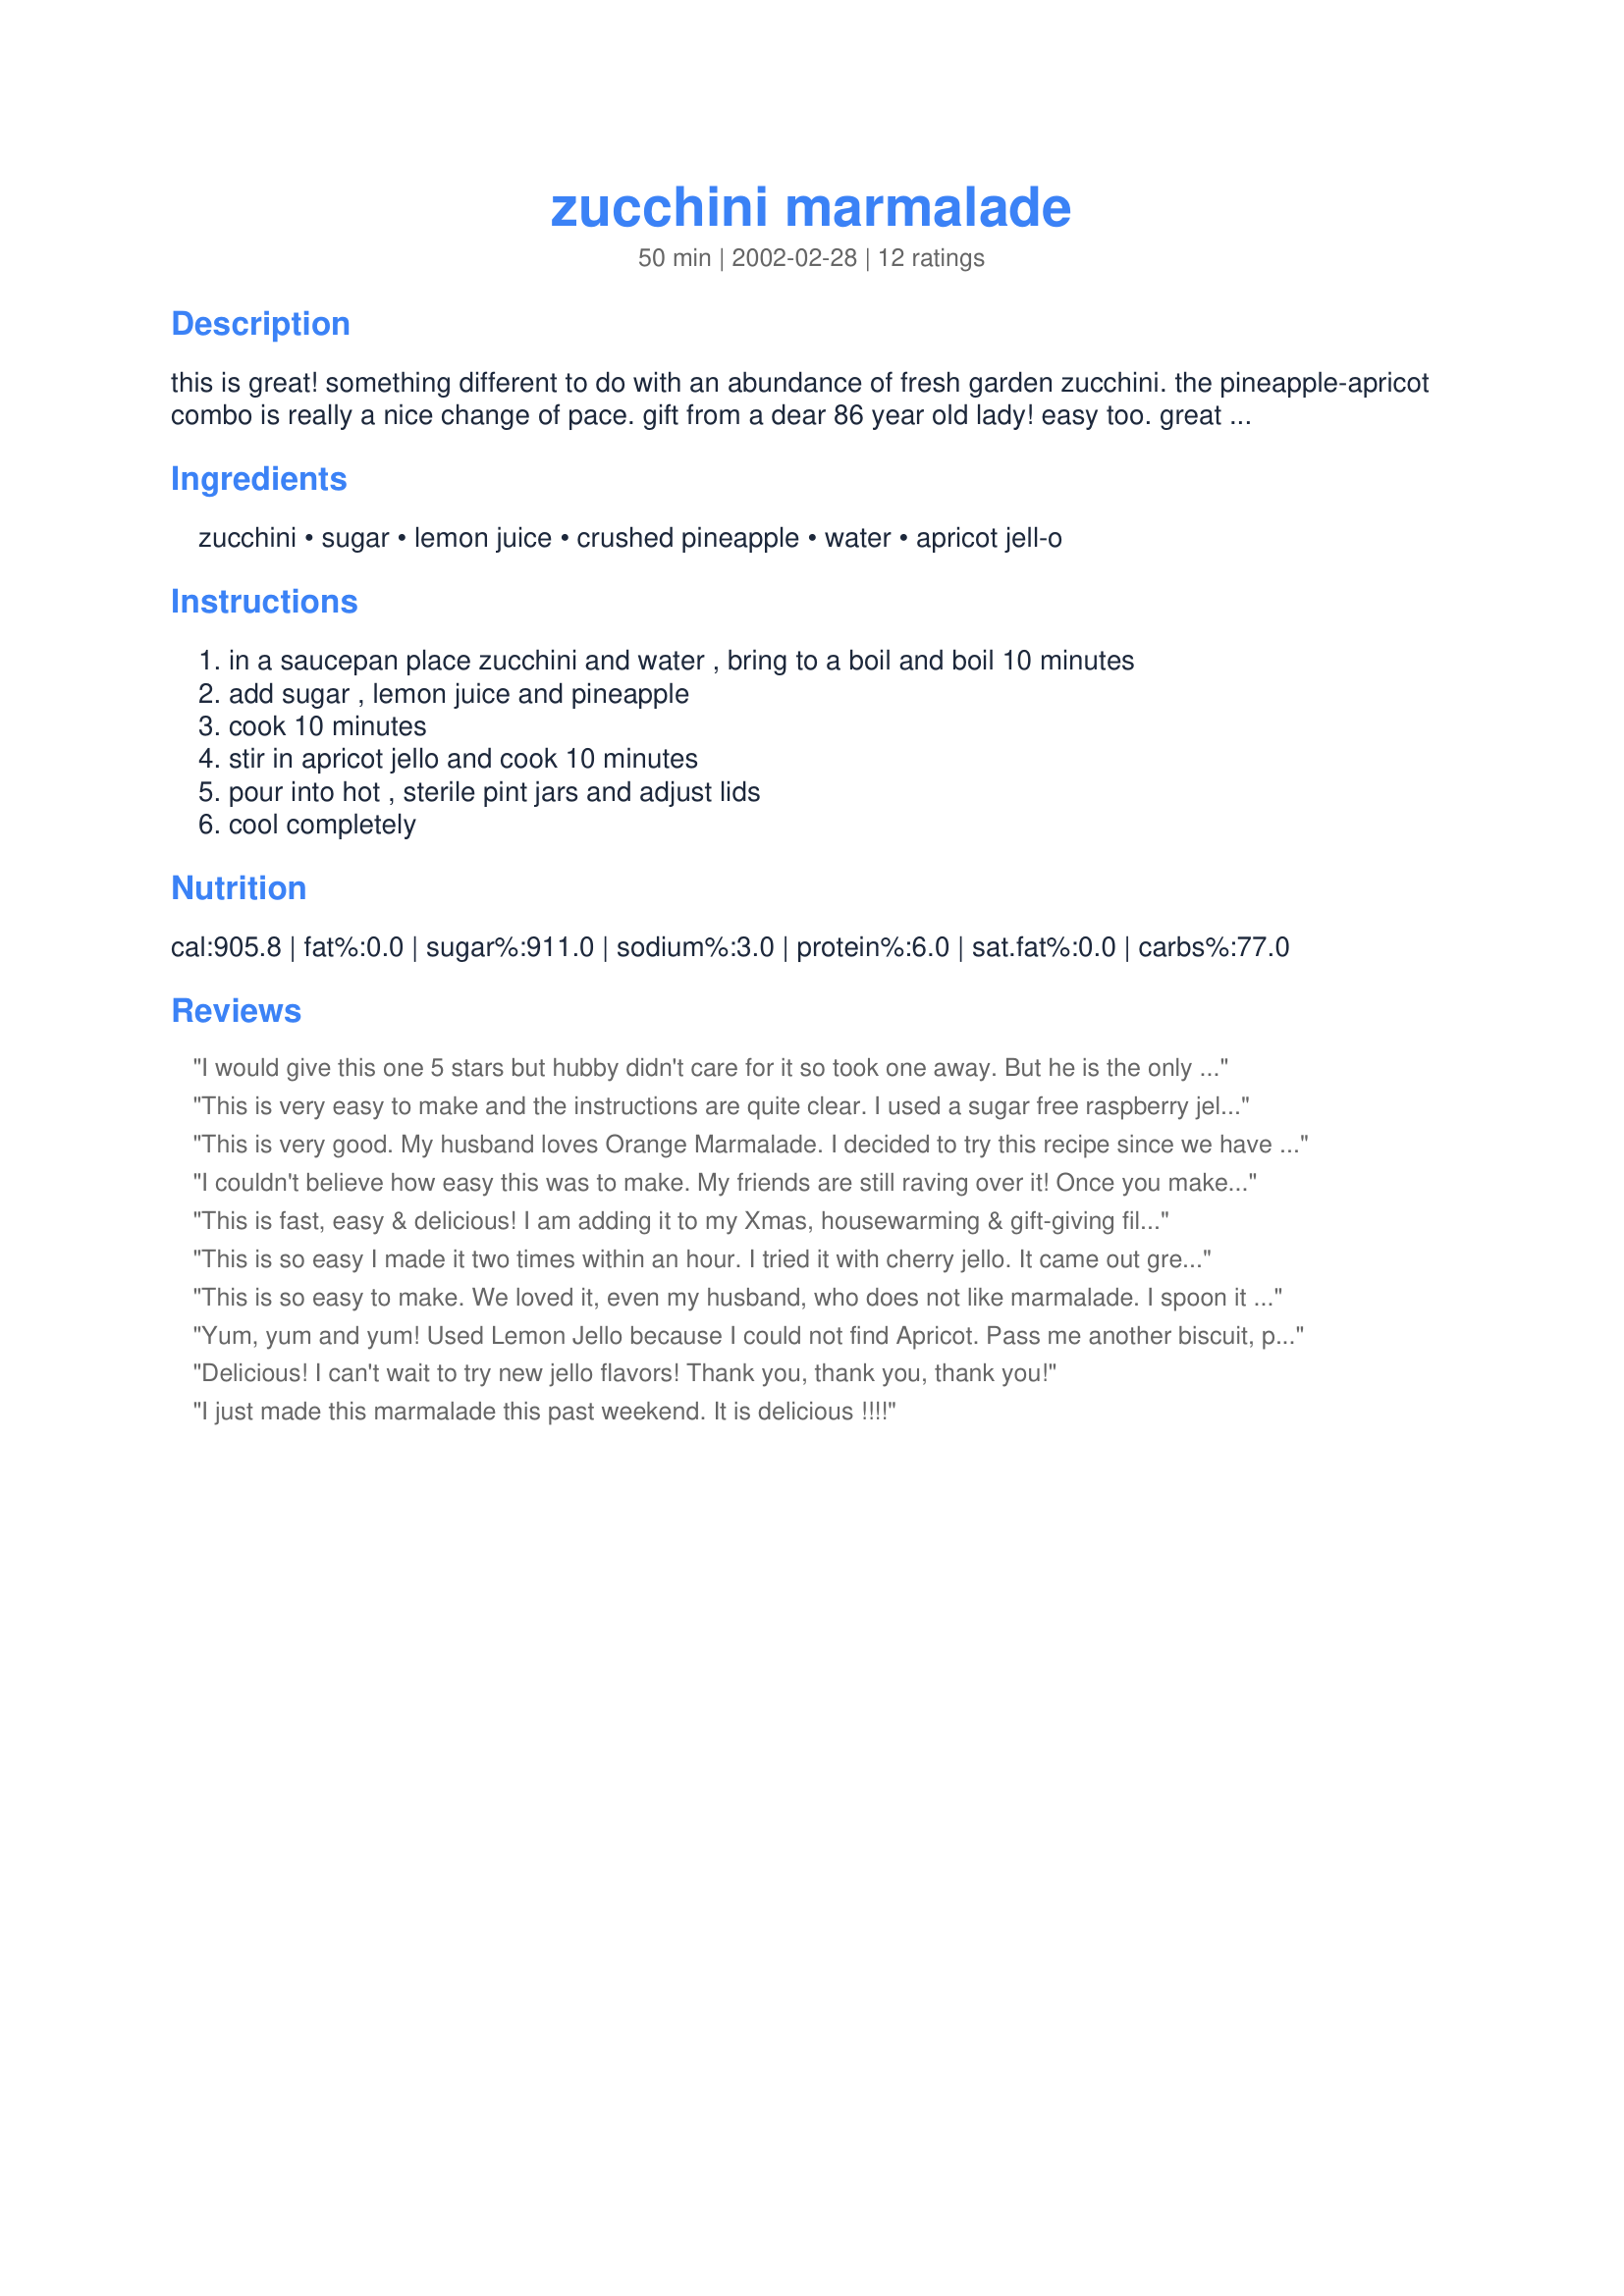
zucchini marmalade
Preparation time: 50 minutes

this is great! something different to do with an abundance of fresh garden zucchini. the pineapple-apricot combo is really a nice change of pace. gift from a dear 86 year old lady! easy too. great gift idea.

Ingredients:
zucchini, sugar, lemon juice, crushed pineapple, water, apricot jell-o

Steps:
in a saucepan place zucchini and water , bring to a boil and boil 10 minutes, add sugar , lemon juice and pineapple, cook 10 minutes, stir in apricot jello and cook 10 minutes, pour into hot , sterile pint jars and adjust lids, cool completely

Reviews:
I would give this one 5 stars but hubby didn't care for it so took one away. But he is the only one so far that didn't like it out of maybe a dozen people I shared it with. I have made it 4 times now. First one the same as the recipe. Twice with mix fruit Jello since I really don't care for apricots. Last time with yellow squash instead of zucchini. All of it was great. Thanks for sharing the recipe.
This is very easy to make and the instructions are quite clear. I used a sugar free raspberry jello and the colour was lovely. A soft rosy pink. No one would ever know that this is made with zucchini. Thanks for the recipe.
This is very good. My husband loves Orange Marmalade. I decided to try this recipe since we have a lot of Zucchini right now.
I couldn't believe how easy this was to make. My friends are still raving over it! Once you make this, I know you will crave more and more.
This is fast, easy & delicious! I am adding it to my Xmas, housewarming & gift-giving file!
Anyone whonormally doesnt like Zucchini wont evenknow its in this lovely marmalade! Ialso used Peach jello andit works great!

This is so easy I made it two times within an hour.
I tried it with cherry jello. It came out great.. my girls loved it.
This is so easy to make. We loved it, even my husband, who does not like marmalade. I spoon it over chicken breast, bake 30 minutes, add a salad and I have a quick dinner.
June Leeper
Yum, yum and yum! Used Lemon Jello because I could not find Apricot. Pass me another biscuit, please!
Delicious! I can't wait to try new jello flavors! Thank you, thank you, thank you!
I just made this marmalade this past weekend. It is delicious !!!!
Very easy to make and very tasty. It's also a blessing right now when we're overrun with zucchini. I didn't change anything and it turned out great. Thanks!
Your recipe tastes great, mine didn't quite gel. Then it occurred to me, I used fresh pineapple -- crummy bromelain enzyme in pineapple degrades jell-o. So if you don't care for soft set marmalade don't use fresh or frozen pineapple -- only canned!
